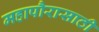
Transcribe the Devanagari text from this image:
महापौरासाठी